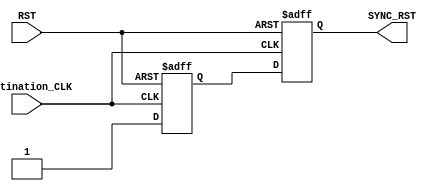

module RESET_SYNC (
input		wire		Destination_CLK,
input		wire		RST,
output		reg			SYNC_RST
	);

//Destination FlipFlop
reg			FF1;


//Sequential always
always @(posedge Destination_CLK, negedge RST) begin
	if(!RST) begin
		FF1 				<= 'b0;
		SYNC_RST			<= 'b0;
	end
	else begin
		FF1 				<= 'b1;
		SYNC_RST			<= FF1;
	end

end


endmodule